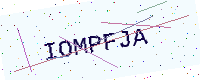
Text: IOMPFJA